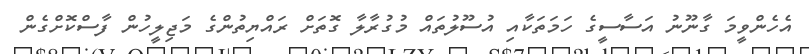
އެހެންވީމަ ގާނޫނު އަސާސީގެ ހަމަތަކާއި އުސޫލުތައް މުގުރާލާ ގޮތަށް ރައްޔިތުންގެ މަޖިލީހުން ފާސްކޮށްގެން